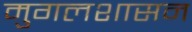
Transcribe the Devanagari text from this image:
मुगलशासन